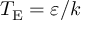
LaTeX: T _ { \mathrm { { E } } } = \varepsilon / k